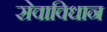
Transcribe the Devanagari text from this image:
सेवाविधान